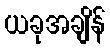
ယခုအချိန်